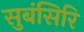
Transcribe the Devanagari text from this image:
सुबंसिरि